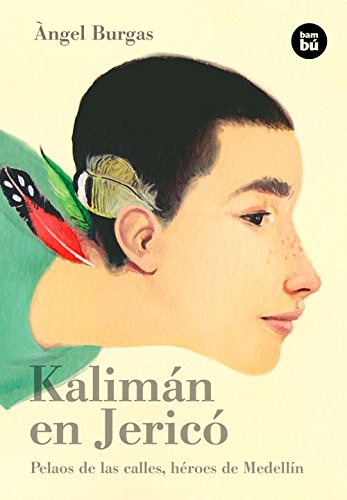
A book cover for KalimÃ¡n en JericÃ³: Pelaos de las calles, hÃ©roes de MedellÃ­n (BambÃº Vivencias) (Spanish Edition); Ãngel Burgas; Teen & Young Adult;